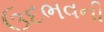
ઉદભવની